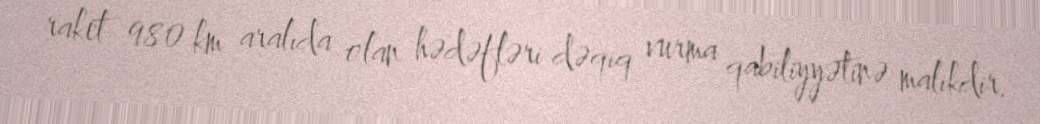
raket 980 km aralıda olan hədəfləri dəqiq vurma qabiliyyətinə malikdir.